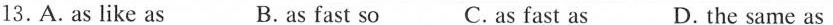
13.A. As like as B.as fast so C. as fast as D. the same as